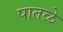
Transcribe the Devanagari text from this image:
पातळे